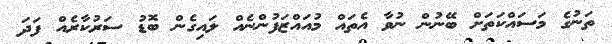
ތަނުގެ މަސައްކަތަށް ބޭނުން ނުވާ އެތައް މުއައްޒަފުންނެއް ލައިގެން ބޮޑު ސަރުކާރެއް ފަދަ